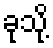
ခုသို့